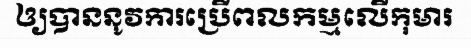
ឲ្យបាននូវការប្រើពលកម្មលើកុមារ